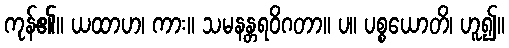
ကုန်၏။ ယထာဟ၊ ကား။ သမနန္တရဝိဂတာ။ ပ။ ပစ္စယောတိ၊ ဟူ၍။